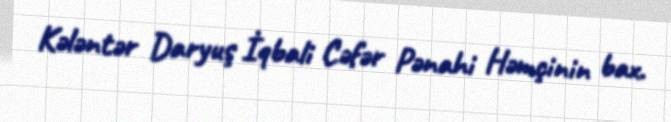
Kələntər Daryuş İqbali Cəfər Pənahi Həmçinin bax.